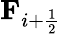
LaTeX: \mathbf{F}_{i+\frac{1}{2}}